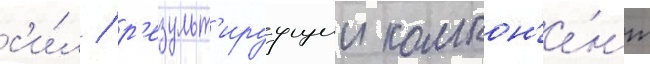
с'и́л / р'езульт'ируущии компон'е́нт